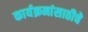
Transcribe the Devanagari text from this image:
कार्यक्रमांसाठीचे